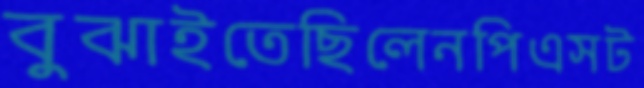
বুঝাইতেছিলেনপিএসট